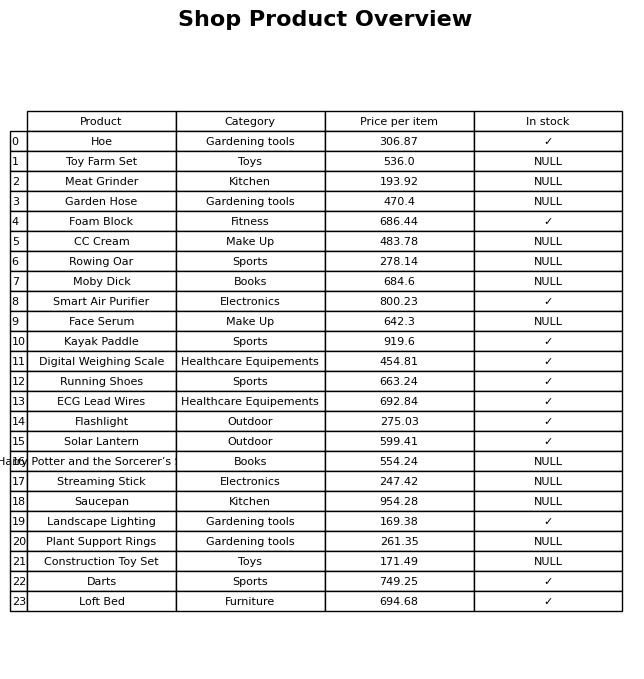
question: What is the stock status of the Saucepan?
answer: NULL